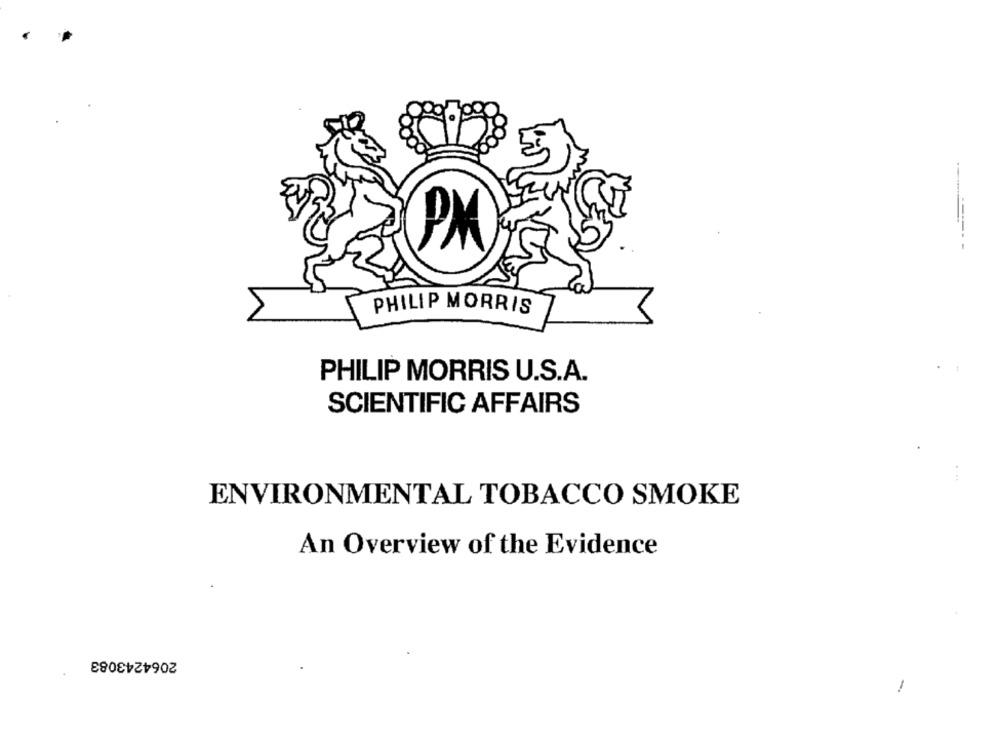
PM
PHILIP MORRIS
PHILIP MORRIS U.S.A.
SCIENTIFIC AFFAIRS
ENVIRONMENTAL TOBACCO SMOKE
An Overview of the Evidence
2064243083